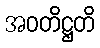
အဝတိဋ္ဌတိ